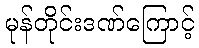
မုန်တိုင်းဒဏ်ကြောင့်